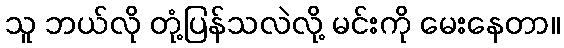
သူ ဘယ်လို တုံ့ပြန်သလဲလို့ မင်းကို မေးနေတာ။